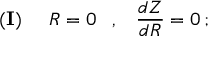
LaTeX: { \bf { ( I ) } } \; \; \; \; \; R = 0 \; \; \; , \; \; \; \frac { d Z } { d R } = 0 \, ;